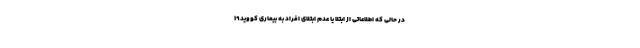
در حالی که اطلاعاتی از ابتلا یا عدم ابتلای افراد به بیماری کووید۱۹